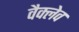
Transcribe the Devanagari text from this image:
वैक्लेव